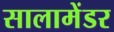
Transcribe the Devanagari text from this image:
सालामेंडर